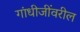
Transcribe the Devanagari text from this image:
गांधीजींवरील